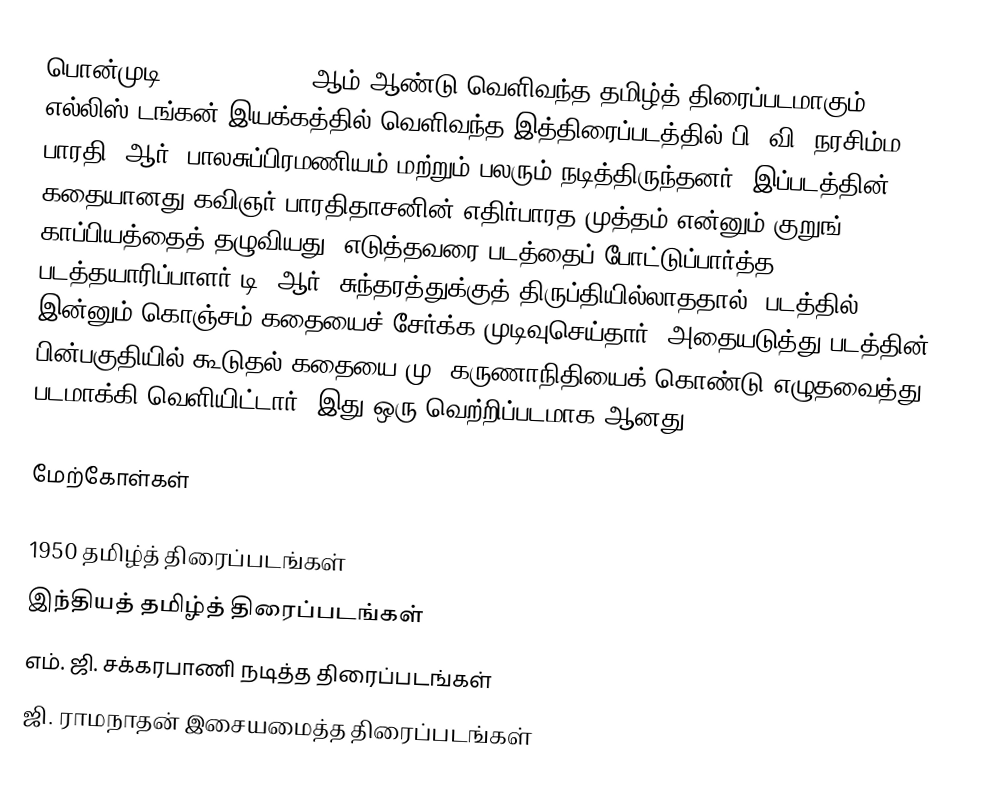
பொன்முடி (Ponmudi) 1950 ஆம் ஆண்டு வெளிவந்த தமிழ்த் திரைப்படமாகும். எல்லிஸ் டங்கன் இயக்கத்தில் வெளிவந்த இத்திரைப்படத்தில் பி. வி. நரசிம்ம பாரதி, ஆர். பாலசுப்பிரமணியம் மற்றும் பலரும் நடித்திருந்தனர். இப்படத்தின் கதையானது கவிஞர் பாரதிதாசனின் எதிர்பாரத முத்தம் என்னும் குறுங் காப்பியத்தைத் தழுவியது. எடுத்தவரை படத்தைப் போட்டுப்பார்த்த படத்தயாரிப்பாளர் டி. ஆர். சுந்தரத்துக்குத் திருப்தியில்லாததால். படத்தில் இன்னும் கொஞ்சம் கதையைச் சேர்க்க முடிவுசெய்தார். அதையடுத்து படத்தின் பின்பகுதியில் கூடுதல் கதையை மு. கருணாநிதியைக் கொண்டு எழுதவைத்து படமாக்கி வெளியிட்டார். இது ஒரு வெற்றிப்படமாக ஆனது.

மேற்கோள்கள்

1950 தமிழ்த் திரைப்படங்கள்
இந்தியத் தமிழ்த் திரைப்படங்கள்
எம். ஜி. சக்கரபாணி நடித்த திரைப்படங்கள்
ஜி. ராமநாதன் இசையமைத்த திரைப்படங்கள்